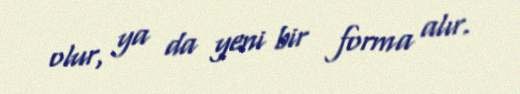
olur, ya da yeni bir forma alır.